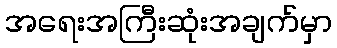
အရေးအကြီးဆုံးအချက်မှာ